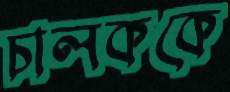
চালককে